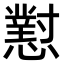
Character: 懟